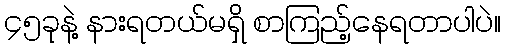
၄၅ခုနဲ့ နားရတယ်မရှိ စာကြည့်နေရတာပါပဲ။